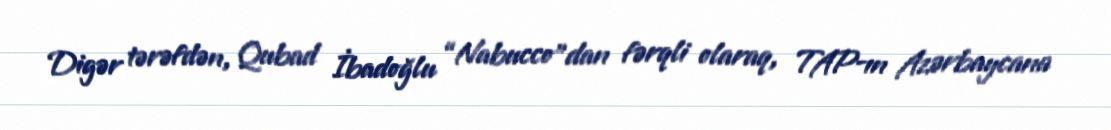
Digər tərəfdən, Qubad İbadoğlu “Nabucco”dan fərqli olaraq, TAP-ın Azərbaycana